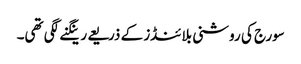
سورج کی روشنی بلائنڈز کے ذریعے رینگنے لگی تھی۔